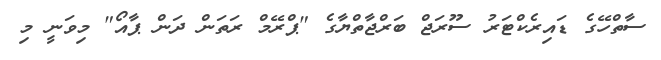
ސާތްހޭގެ ޑައިރެކްޓަރު ސޫރަޖް ބަރްޖާތްޔާގެ "ޕްރޭމް ރަތަން ދަން ޕާއޯ" މިވަނީ މި